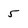
Character: 5